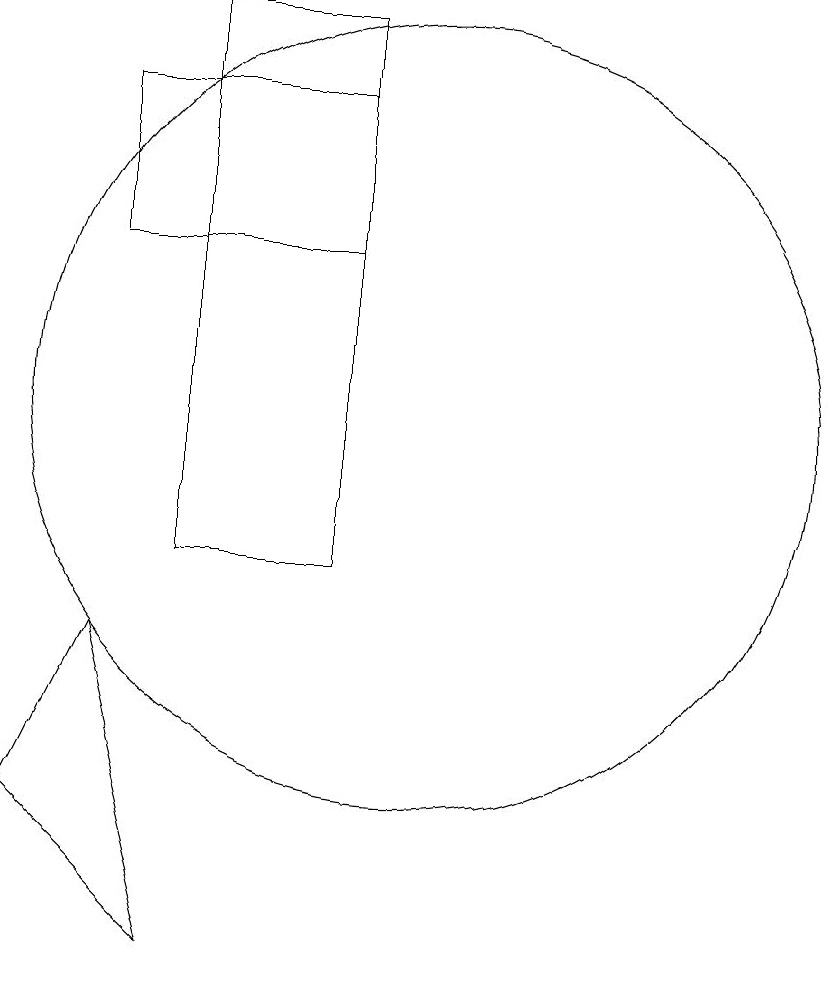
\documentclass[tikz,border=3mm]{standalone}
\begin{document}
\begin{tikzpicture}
\draw (6,9) -- (5,7) -- (7,5) -- cycle;
\draw (9,16) rectangle (6,14);
\draw (10,12) circle (5);
\draw (9,10) rectangle (7,17);
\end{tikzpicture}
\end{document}